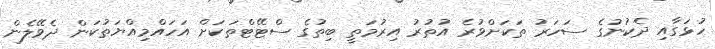
ހުޅަގާއި ދެކުނުގެ ސަހަރު ތަކަށްވުރެ އުތުރު އިރުމަތީ ބިތުގެ ސްޓޭޓްތަކަށް އަހައްމިއްޔަތުކަން ދެވޭލެން